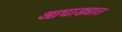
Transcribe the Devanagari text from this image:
आघाड्यात